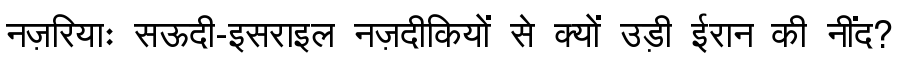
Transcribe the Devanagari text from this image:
नज़रियाः सऊदी-इसराइल नज़दीकियों से क्यों उड़ी ईरान की नींद?